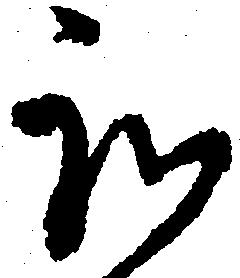
我